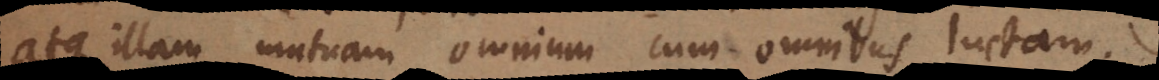
atque illam mutuam omnium cum omnibus luctam.